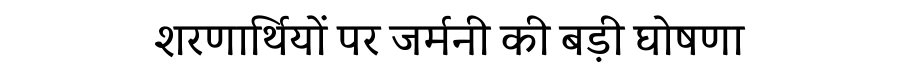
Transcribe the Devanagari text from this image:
शरणार्थियों पर जर्मनी की बड़ी घोषणा